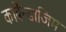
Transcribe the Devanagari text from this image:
कार्बेन्डाजिम